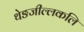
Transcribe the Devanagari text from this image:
थेङजील्लकलि